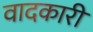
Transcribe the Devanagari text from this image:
वादकारी